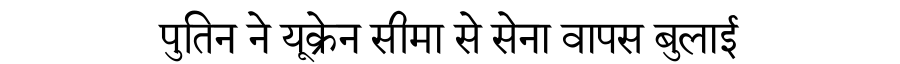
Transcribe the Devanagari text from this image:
पुतिन ने यूक्रेन सीमा से सेना वापस बुलाई